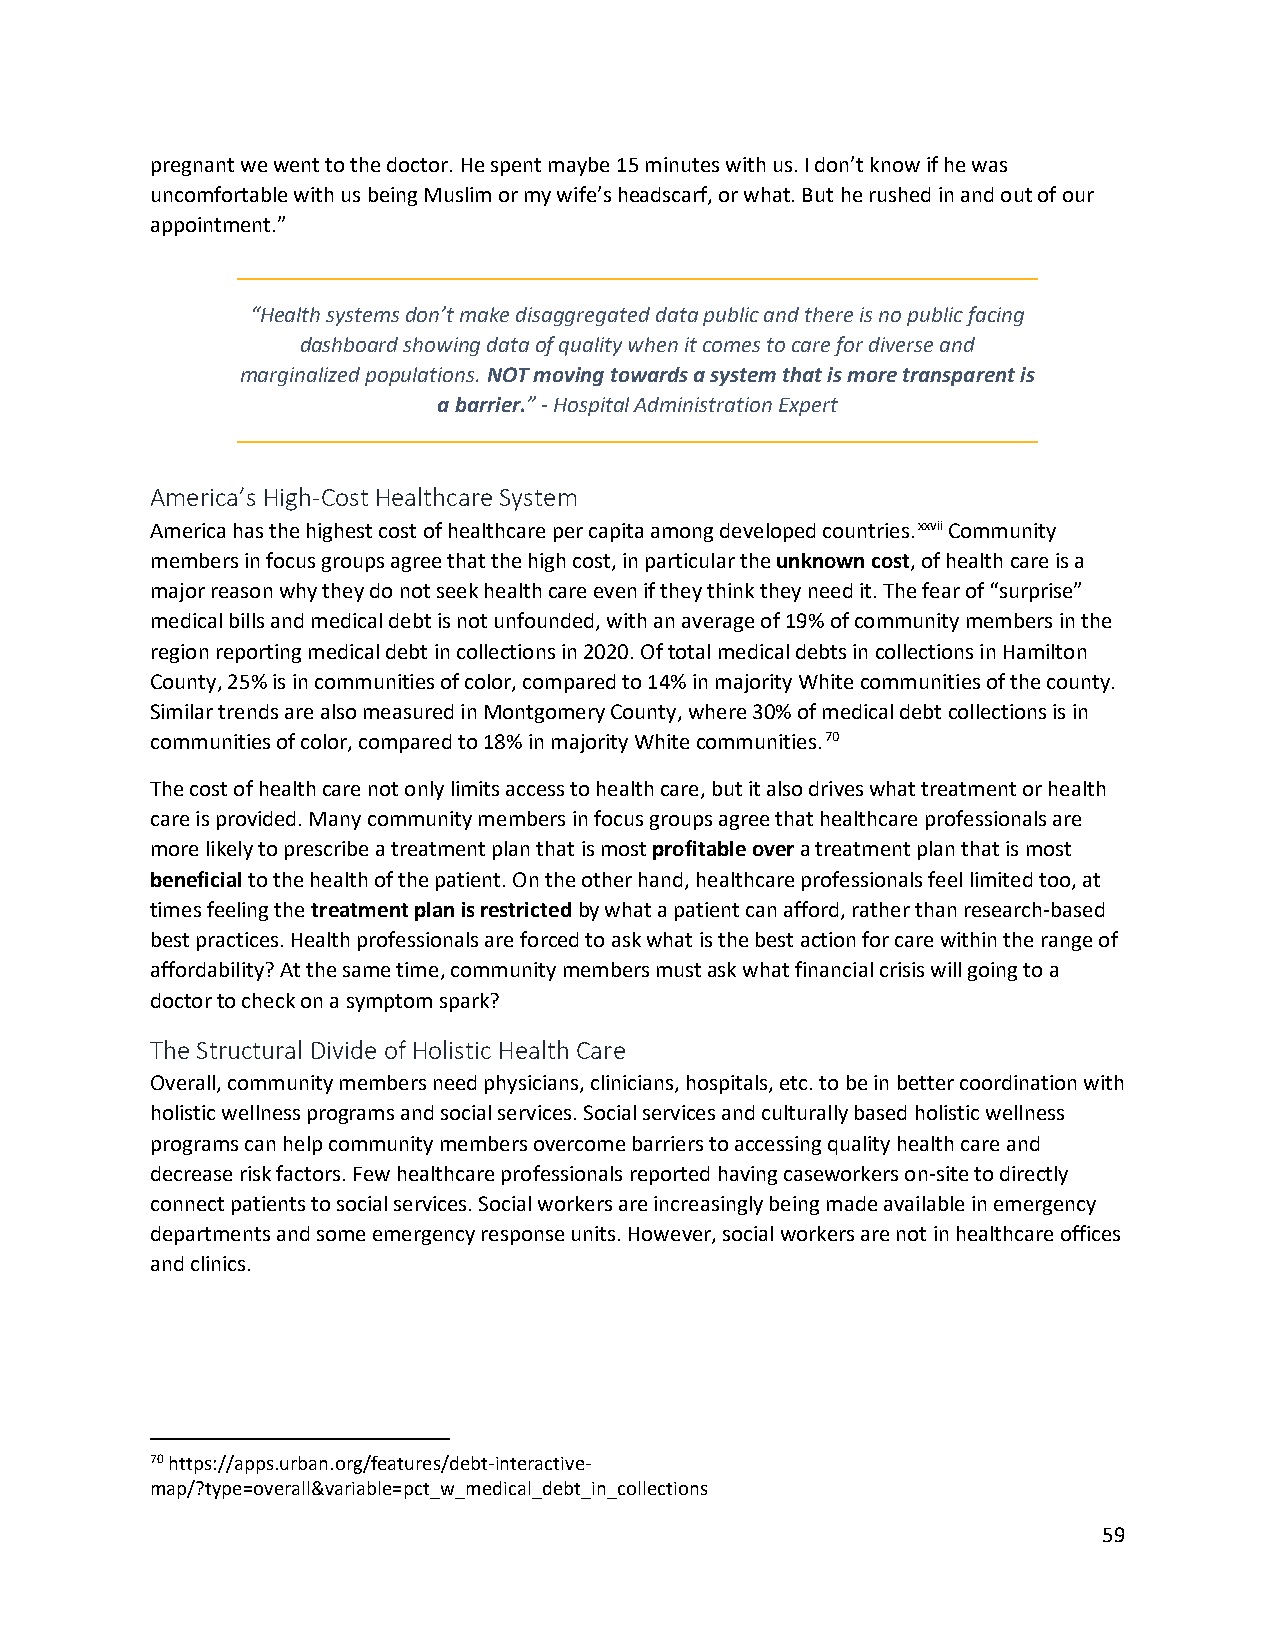
pregnant we went to the doctor. He spent maybe 15 minutes with us. I don’t know if he was
 uncomfortable with us being Muslim or my wife’s headscarf, or what. But he rushed in and out of our
 appointment.”
 “Health systems don’t make disaggregated data public and there is no public facing
 dashboard showing data of quality when it comes to care for diverse and
 marginalized populations. NOT moving towards a system that is more transparent is
 a barrier.” - Hospital Administration Expert
 America’s High-Cost Healthcare System
 America has the highest cost of healthcare per capita among developed countries.xxvii Community
 members in focus groups agree that the high cost, in particular the unknown cost, of health care is a
 major reason why they do not seek health care even if they think they need it. The fear of “surprise”
 medical bills and medical debt is not unfounded, with an average of 19% of community members in the
 region reporting medical debt in collections in 2020. Of total medical debts in collections in Hamilton
 County, 25% is in communities of color, compared to 14% in majority White communities of the county.
 Similar trends are also measured in Montgomery County, where 30% of medical debt collections is in
 communities of color, compared to 18% in majority White communities.70
 The cost of health care not only limits access to health care, but it also drives what treatment or health
 care is provided. Many community members in focus groups agree that healthcare professionals are
 more likely to prescribe a treatment plan that is most profitable over a treatment plan that is most
 beneficial to the health of the patient. On the other hand, healthcare professionals feel limited too, at
 times feeling the treatment plan is restricted by what a patient can afford, rather than research-based
 best practices. Health professionals are forced to ask what is the best action for care within the range of
 affordability? At the same time, community members must ask what financial crisis will going to a
 doctor to check on a symptom spark?
 The Structural Divide of Holistic Health Care
 Overall, community members need physicians, clinicians, hospitals, etc. to be in better coordination with
 holistic wellness programs and social services. Social services and culturally based holistic wellness
 programs can help community members overcome barriers to accessing quality health care and
 decrease risk factors. Few healthcare professionals reported having caseworkers on-site to directly
 connect patients to social services. Social workers are increasingly being made available in emergency
 departments and some emergency response units. However, social workers are not in healthcare offices
 and clinics.
 70 https://apps.urban.org/features/debt-interactive-
 map/?type=overall&variable=pct_w_medical_debt_in_collections
 59